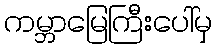
ကမ္ဘာမြေကြီးပေါ်မှ